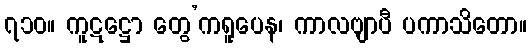
၇၁၀။ ကူဋဋ္ဌော တွေ’ကရူပေန၊ ကာလဗျာပီ ပကာသိတော။